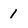
Character: 1